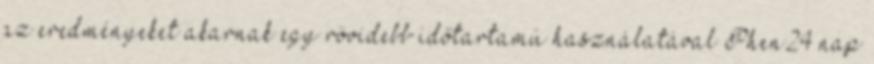
az eredményeket akarnak egy rövidebb időtartamú használatával Phen24 nap